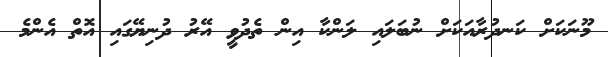
މޫނަކަށް ކަނދުރާއަކަށް ނުބަލައި ލަންކާ އިން ތެދުވީ އޭރު ދުނިޔޭގައި އޮތް އެންމެ